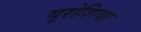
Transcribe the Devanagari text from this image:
यूरोशिया